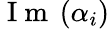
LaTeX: \mathrm{~I~m~}\left(\alpha_{i}\right)